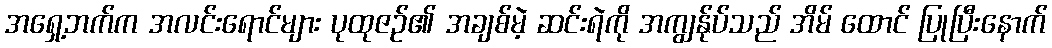
အရှေ့ဘက်က အလင်းရောင်များ ပုထုဇဉ်၏ အချစ်မဲ့ ဆင်းရဲကို အကျွန်ုပ်သည် အိမ် ထောင် ပြုပြီးနောက်